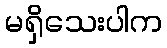
မရှိသေးပါက